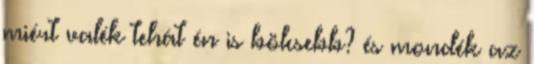
miért valék tehát én is bölcsebb? és mondék az